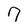
Character: 7